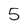
Character: 5